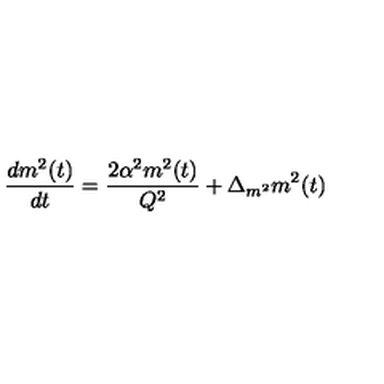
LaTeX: \frac { d m ^ { 2 } ( t ) } { d t } = \frac { 2 \alpha ^ { 2 } m ^ { 2 } ( t ) } { Q ^ { 2 } } + \Delta _ { m ^ { 2 } } m ^ { 2 } ( t )